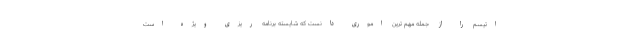
اتیسم را از جمله مهم ترین اموری دانست که شایسته برنامه ریزی ویژه است